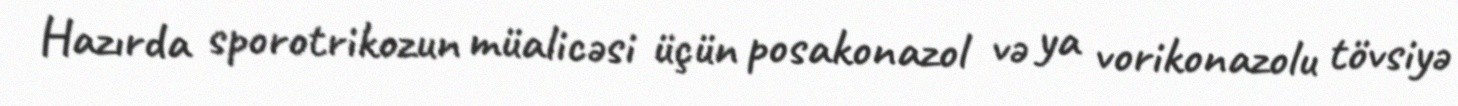
Hazırda sporotrikozun müalicəsi üçün posakonazol və ya vorikonazolu tövsiyə